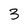
Character: 3